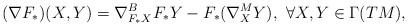
LaTeX: \begin{align*}(\nabla F_\ast) (X,Y) = {\nabla}_{F_\ast X}^B F_\ast Y - F_\ast({\nabla}_X^M Y),~\forall X,Y \in \Gamma(TM),\end{align*}